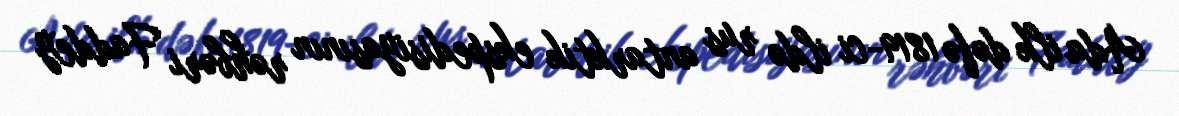
Ada ilk dəfə 1819-ci ildə rus antarktik ekspedisiyasının rəhbəri Faddey